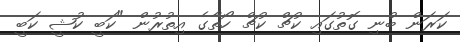
ކަރަން ބުނި ގޮތުގައި ކުޗް ކުޗް ހޯތާގެ އިތުރުން "ކަބީ ކުޝީ ކަބީ